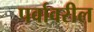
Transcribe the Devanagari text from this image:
पर्वावरील